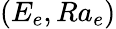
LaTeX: (E_{e},Ra_{e})